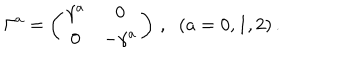
\Gamma ^ { a } = \left( \begin{array} { c c } { { \gamma ^ { a } } } & { { 0 } } \\ { { 0 } } & { { - \gamma ^ { a } } } \\ \end{array} \right) \, , \; \; ( a = 0 , 1 , 2 ) \, .